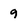
Character: 9